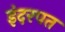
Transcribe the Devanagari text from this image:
इंदरपत